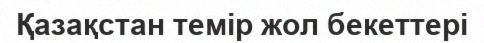
Қазақстан темір жол бекеттері